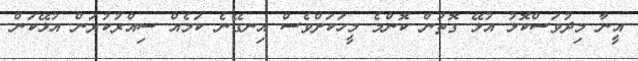
އީނާ މިދުވަސްކޮޅު އުޅޭ ގޮތުން ކޮންމެ މީހަކަށްވެސް އިނގޭނެ ކަމެއް ސިއްރުކުރަން އުޅޭކަން